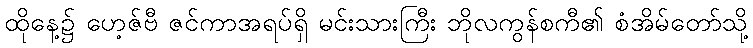
ထိုနေ့၌ ဟေ့ဇ်ဗီ ဇင်ကာအရပ်ရှိ မင်းသားကြီး ဘိုလကွန်စကီ၏ စံအိမ်တော်သို့